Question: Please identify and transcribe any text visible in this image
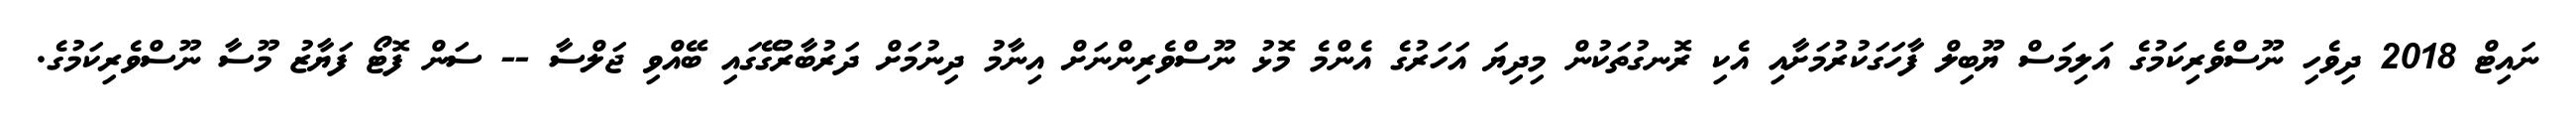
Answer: ނައިޓް 2018 ދިވެހި ނޫސްވެރިކަމުގެ އަލިމަސް ޔޫބިލް ފާހަގަކުރުމަށާއި އެކި ރޮނގުތަކުން މިދިޔަ އަހަރުގެ އެންމެ މޮޅު ނޫސްވެރިންނަށް އިނާމު ދިނުމަށް ދަރުބާރުގޭގައި ބޭއްވި ޖަލްސާ -- ސަން ފޮޓޯ ފަޔާޒު މޫސާ ނޫސްވެރިކަމުގެ.